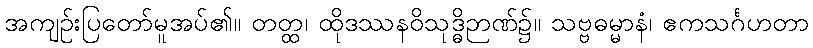
အကျဉ်းပြတော်မူအပ်၏။ တတ္ထ၊ ထိုဒဿနဝိသုဒ္ဓိဉာဏ်၌။ သဗ္ဗဓမ္မာနံ၊ ဧကသင်္ဂဟတာ